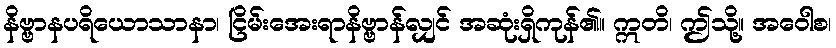
နိဗ္ဗာနပရိယောသာနာ၊ ငြိမ်းအေးရာနိဗ္ဗာန်လျှင် အဆုံးရှိကုန်၏။ ဣတိ၊ ဤသို့။ အဝေါစ၊